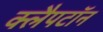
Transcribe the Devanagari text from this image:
क्लैपटॉन